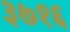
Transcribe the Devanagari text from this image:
३७१६